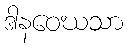
ဒါနဝေဃသာ